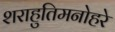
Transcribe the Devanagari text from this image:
शराहुतिमनोहरे